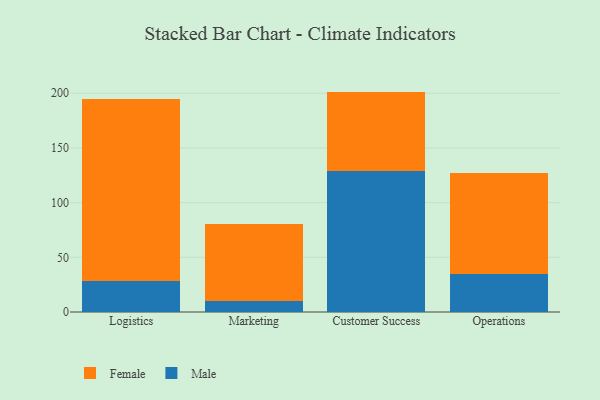
{"axis": {"x": "Department", "y": "Population (Million)"}, "legend": ["Female", "Male"], "data": [{"x": "Logistics", "y": 28.0, "type": "Male"}, {"x": "Logistics", "y": 166.8, "type": "Female"}, {"x": "Marketing", "y": 9.9, "type": "Male"}, {"x": "Marketing", "y": 70.3, "type": "Female"}, {"x": "Customer Success", "y": 129.3, "type": "Male"}, {"x": "Customer Success", "y": 72.2, "type": "Female"}, {"x": "Operations", "y": 35.0, "type": "Male"}, {"x": "Operations", "y": 92.5, "type": "Female"}]}